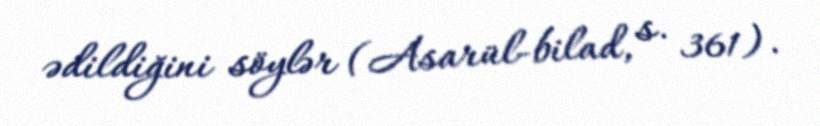
ədildiğini söylər (Asarül-bilad, s. 361).